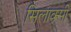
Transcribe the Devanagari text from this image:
सिलाक्सी